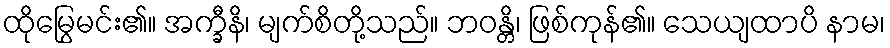
ထိုမြွေမင်း၏။ အက္ခီနိ၊ မျက်စိတို့သည်။ ဘဝန္တိ၊ ဖြစ်ကုန်၏။ သေယျထာပိ နာမ၊